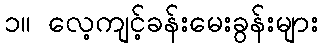
၁။ လေ့ကျင့်ခန်းမေးခွန်းများ